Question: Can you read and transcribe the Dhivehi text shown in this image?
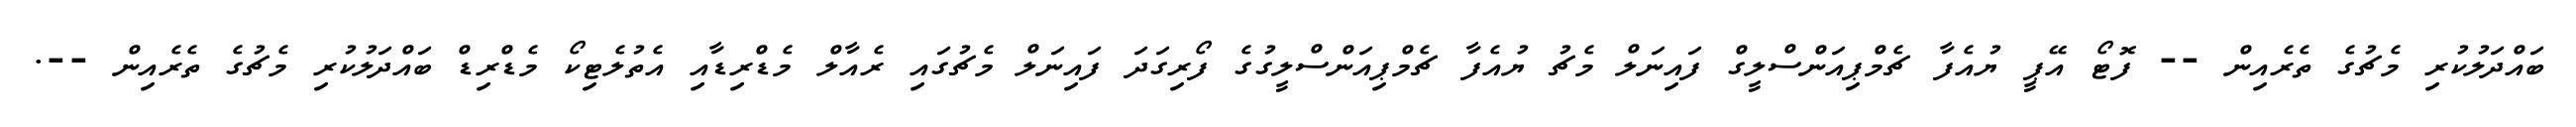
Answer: ބައްދަލުކުރި މެޗުގެ ތެރެއިން -- ފޮޓޯ އޭޕީ ޔުއެފާ ޗެމްޕިއަންސްލީގް ފައިނަލް މެޗު ޔުއެފާ ޗެމްޕިއަންސްލީގުގެ ފޯރިގަދަ ފައިނަލް މެޗުގައި ރެއާލް މެޑްރިޑާއި އެތުލެޓިކޯ މެޑްރިޑް ބައްދަލުކުރި މެޗުގެ ތެރެއިން --.